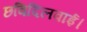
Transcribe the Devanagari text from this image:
छविदिलवाई।